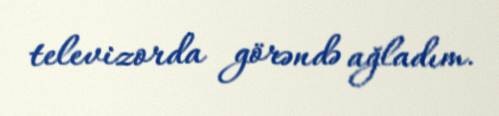
televizorda görəndə ağladım.